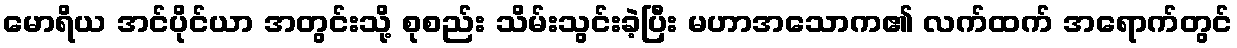
မောရိယ အင်ပိုင်ယာ အတွင်းသို့ စုစည်း သိမ်းသွင်းခဲ့ပြီး မဟာအသောက၏ လက်ထက် အရောက်တွင်